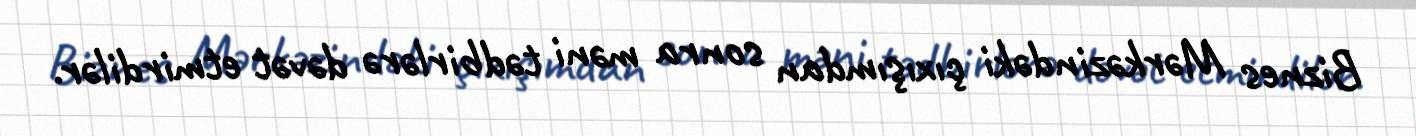
Biznes Mərkəzindəki çıxışımdan sonra məni tədbirlərə dəvət etmirdilər.